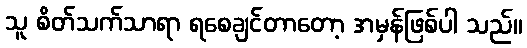
သူ စိတ်သက်သာရာ ရစေချင်တာတော့ အမှန်ဖြစ်ပါ သည်။